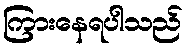
ကြားနေရပါသည်